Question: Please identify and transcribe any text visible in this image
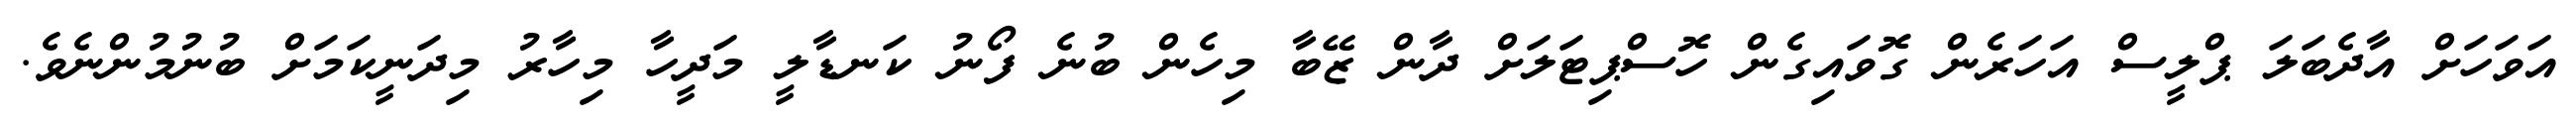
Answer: އަވަހަށް އާދެބަލަ ޕްލީސް އަހަރެން ގޮވައިގެން ހޮސްޕިޓަލަށް ދާން ޒޭބާ މިހެން ބުނެ ފޯނު ކަނޑާލީ މަދީހާ މިހާރު މިދަނީކަމަށް ބުނުމުންނެވެ.